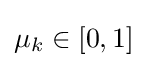
\mu _{k}\in [0,1]